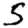
Digit: 5